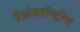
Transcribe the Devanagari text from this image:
हैंअंतर्राष्ट्रीय